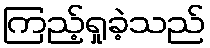
ကြည့်ရှုခဲ့သည်